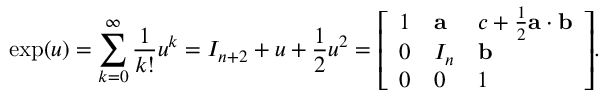
\exp ( u ) = \sum _ { k = 0 } ^ { \infty } { \frac { 1 } { k ! } } u ^ { k } = I _ { n + 2 } + u + { \frac { 1 } { 2 } } u ^ { 2 } = { \left[ \begin{array} { l l l } { 1 } & { \mathbf { a } } & { c + { \frac { 1 } { 2 } } \mathbf { a } \cdot \mathbf { b } } \\ { 0 } & { I _ { n } } & { \mathbf { b } } \\ { 0 } & { 0 } & { 1 } \end{array} \right] } .